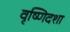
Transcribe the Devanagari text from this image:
वृष्णिदशा